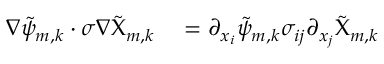
\begin{array} { r l } { \nabla \tilde { \psi } _ { m , k } \cdot \sigma \nabla \tilde { \Chi } _ { m , k } } & { { } = \partial _ { x _ { i } } \tilde { \psi } _ { m , k } \sigma _ { i j } \partial _ { x _ { j } } \tilde { \Chi } _ { m , k } } \end{array}